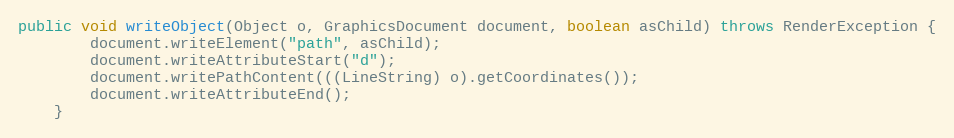
Language: Java
public void writeObject(Object o, GraphicsDocument document, boolean asChild) throws RenderException {
		document.writeElement("path", asChild);
		document.writeAttributeStart("d");
		document.writePathContent(((LineString) o).getCoordinates());
		document.writeAttributeEnd();
	}